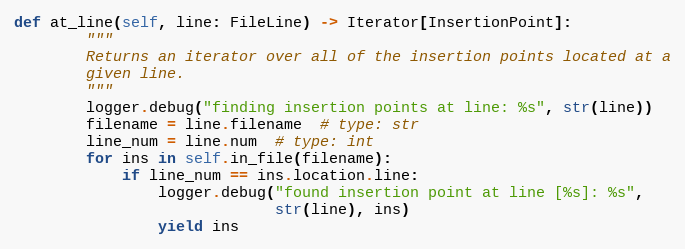
Language: Python
def at_line(self, line: FileLine) -> Iterator[InsertionPoint]:
        """
        Returns an iterator over all of the insertion points located at a
        given line.
        """
        logger.debug("finding insertion points at line: %s", str(line))
        filename = line.filename  # type: str
        line_num = line.num  # type: int
        for ins in self.in_file(filename):
            if line_num == ins.location.line:
                logger.debug("found insertion point at line [%s]: %s",
                             str(line), ins)
                yield ins